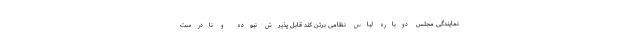
نمایندگی مجلس دوباره لباس نظامی برتن کند قابل پذیرش نبوده و نادرست